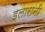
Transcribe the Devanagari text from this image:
इलारानी